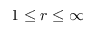
1 \le r \le \infty